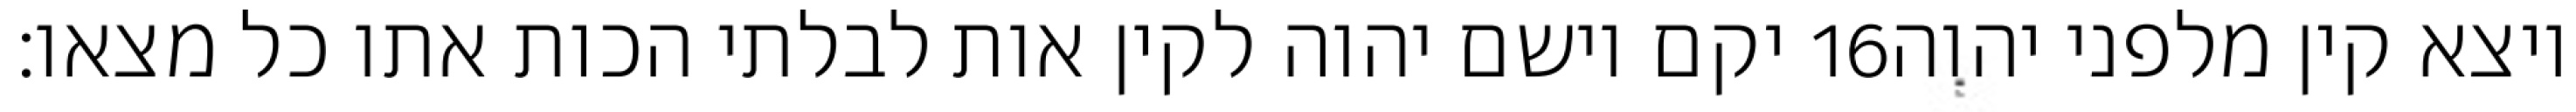
יקם וישם יהוה לקין אות לבלתי הכות אתו כל מצאו׃ ‎16‏ ויצא קין מלפני יהוה